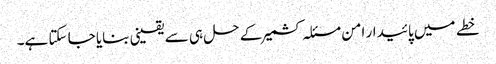
خطے میں پائیدار امن مسئلہ کشمیر کے حل ہی سے یقینی بنایا جا سکتا ہے۔